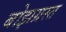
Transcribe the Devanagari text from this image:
बोझग्रस्त